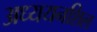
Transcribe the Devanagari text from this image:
अध्ययनशिल